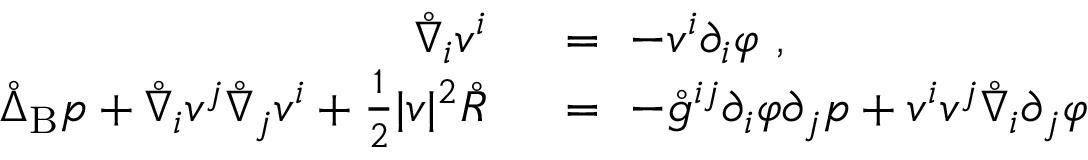
\begin{array} { r l } { \mathring { \nabla } _ { i } v ^ { i } \ } & { { } = \ - v ^ { i } \partial _ { i } \varphi ~ , } \\ { \mathring { \Delta } _ { \mathrm { B } } p + \mathring { \nabla } _ { i } v ^ { j } \mathring { \nabla } _ { j } v ^ { i } + \frac 1 2 | v | ^ { 2 } \mathring { R } \ } & { { } = \ - \mathring { g } ^ { i j } \partial _ { i } \varphi \partial _ { j } p + v ^ { i } v ^ { j } \mathring { \nabla } _ { i } \partial _ { j } \varphi } \end{array}